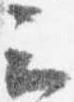
云